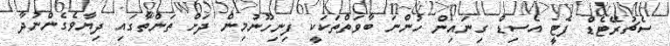
ސެޗުރޭޓެޑް ފެޓީ އެސިޑް ގިނައިން ހުންނަ ބާވަތްތަކަކީ ފިނިހޫނުމިން ދަށް ތަންތާގައި ދިޔާވެގެންނުދާ